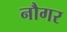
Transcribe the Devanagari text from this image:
नौगर